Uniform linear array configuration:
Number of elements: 8
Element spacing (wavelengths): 0.5
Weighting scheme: cosine
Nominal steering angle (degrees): -30
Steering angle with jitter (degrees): -30.652
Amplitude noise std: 0.05
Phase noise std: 0.05

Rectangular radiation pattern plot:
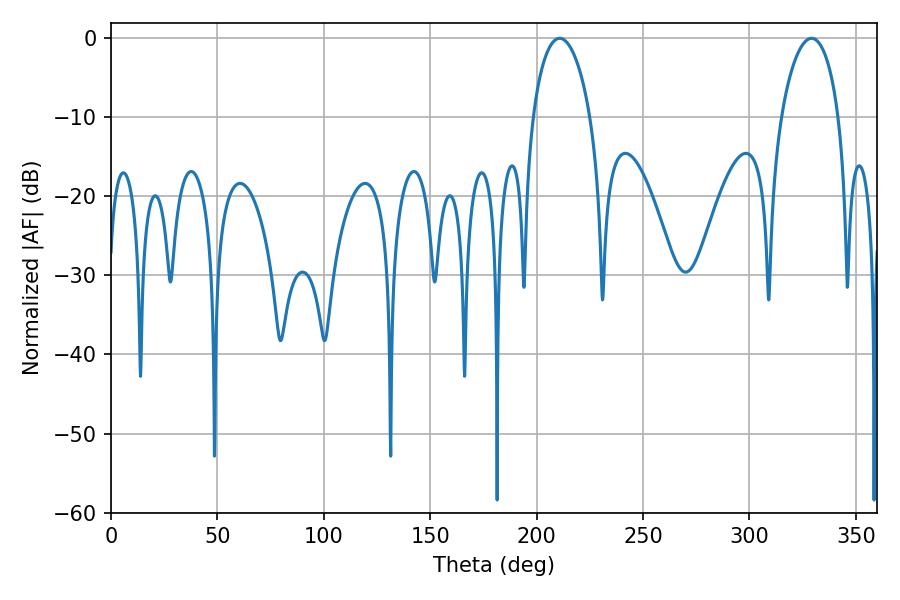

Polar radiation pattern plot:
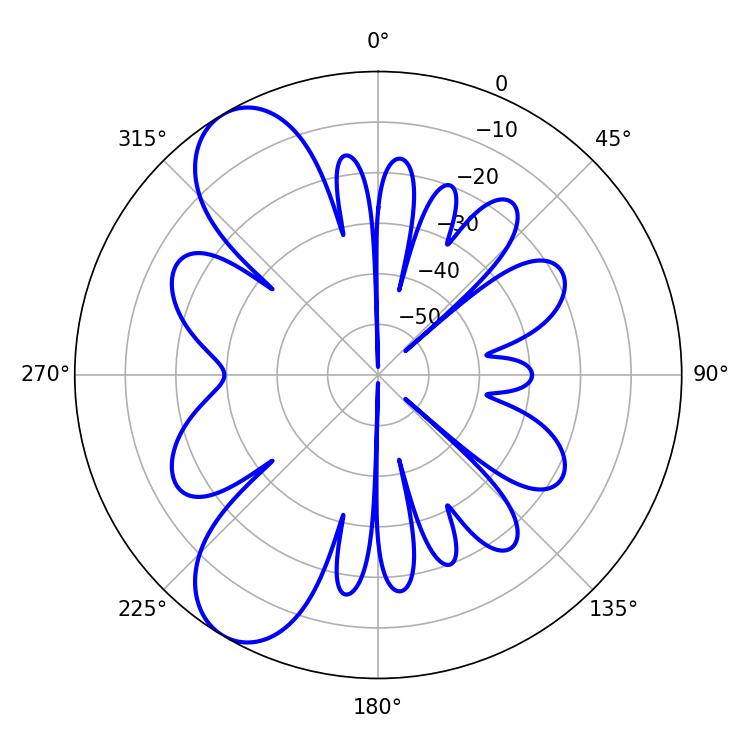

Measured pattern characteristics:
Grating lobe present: FALSE
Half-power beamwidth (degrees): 15.48
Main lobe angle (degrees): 329.22